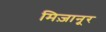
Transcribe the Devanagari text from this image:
मिज़ानूर